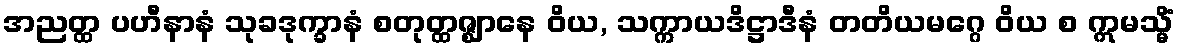
အညတ္ထ ပဟီနာနံ သုခဒုက္ခာနံ စတုတ္ထဇ္ဈာနေ ဝိယ, သက္ကာယဒိဋ္ဌာဒီနံ တတိယမဂ္ဂေ ဝိယ စ ဣမသ္မိံ